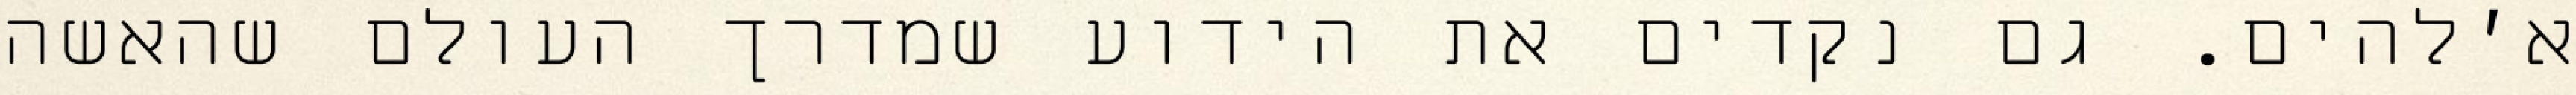
א׳להים. גם נקדים את הידוע שמדרך העולם שהאשה